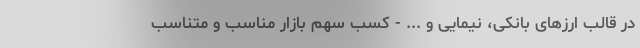
در قالب ارزهای بانکی، نیمایی و ... - کسب سهم بازار مناسب و متناسب